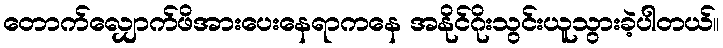
တောက်လျှောက်ဖိအားပေးနေရာကနေ အနိုင်ဂိုးသွင်းယူသွားခဲ့ပါတယ်။